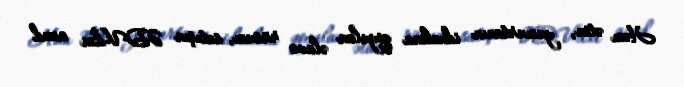
Həm ətin, yumurtanın idxalına qoyulan əlavə rüsum, satışın ƏDV-dən azad